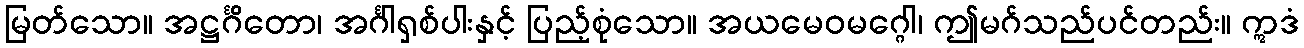
မြတ်သော။ အဋ္ဌင်္ဂိတော၊ အင်္ဂါရှစ်ပါးနှင့် ပြည့်စုံသော။ အယမေဝမဂ္ဂေါ၊ ဤမဂ်သည်ပင်တည်း။ ဣဒံ